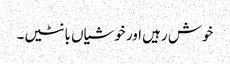
خوش رہیں اور خوشیاں بانٹیں۔